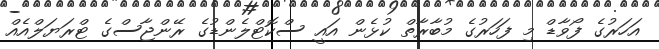
އަހަރުގެ ފޯވާޑް މި ފަހަރުގެ މުބާރާތް ކުޅެން އައީ ސްކޮޓްލެންޑުގެ ރޭންޖާސްގެ ޓްރަޔަލްއެއް